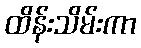
ထိန်းသိမ်းကာ